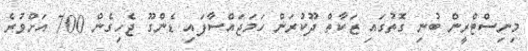
މިނިސްޓްރީން ބުނި ގޮތުގައި ޒަކާތް ދޫކުރަން ހަމަޖައްސާފައި ޑެންގޫ ޖެހިގެން 700 އަށްވުރެ